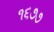
૧૬૭૭